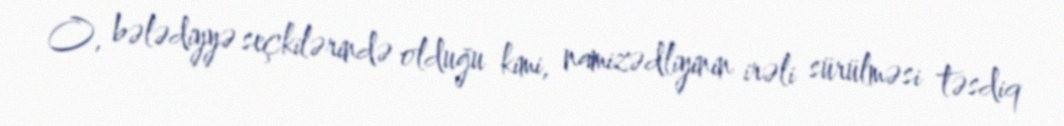
O, bələdiyyə seçkilərində olduğu kimi, namizədliyinin irəli sürülməsi təsdiq